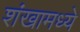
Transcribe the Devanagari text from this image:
शंखामध्ये